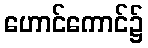
ဟောင်ကောင်၌